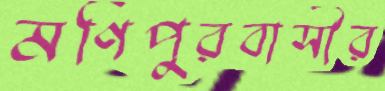
মণিপুরবাসীর